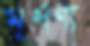
মূর্ধণ্য